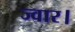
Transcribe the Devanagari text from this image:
ज्वार।